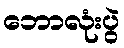
ဘောလုံးပွဲ